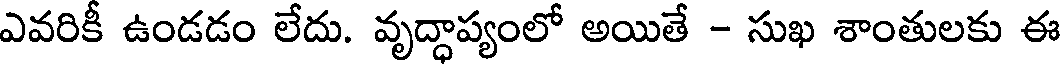
ఎవరికీ ఉండడం లేదు. వృద్ధాప్యంలో అయితే - సుఖ శాంతులకు ఈ